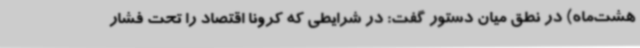
هشت‌ماه) در نطق میان دستور گفت: در شرایطی که کرونا اقتصاد را تحت فشار